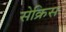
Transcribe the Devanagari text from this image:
सेक्रिस